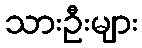
သားဦးများ